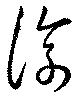
淳